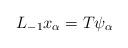
LaTeX: \begin{align*}L_{-1}x_{\alpha}=T\psi_{\alpha}\end{align*}